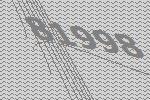
81998